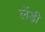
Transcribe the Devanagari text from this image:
लेंड़ी